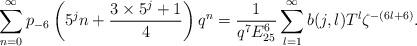
LaTeX: \begin{align*}\sum_{n=0}^{\infty}p_{-6}\left(5^{j}n+\dfrac{3\times5^{j}+1}{4}\right)q^{n}=\dfrac{1}{q^{7}E_{25}^{6}}\sum_{l=1}^{\infty}b(j,l)T^{l}\zeta^{-(6l+6)}.\end{align*}